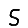
Digit: 5